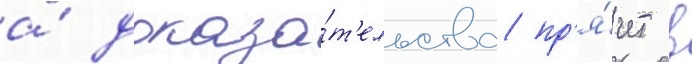
а́ доказа́т'ельства пр'я́чет в